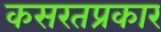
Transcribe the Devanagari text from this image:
कसरतप्रकार